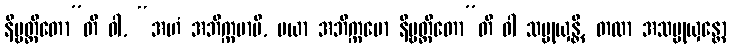
နိဗ္ဗတ္တိတော”တိ ဝါ, “အဟံ အဘိက္ကမာမိ, မယာ အဘိက္ကမော နိဗ္ဗတ္တိတော”တိ ဝါ သမ္မုယှန္တိ, တထာ အသမ္မုယှန္တော